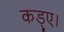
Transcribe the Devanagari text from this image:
कड़ुए।